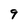
Character: 9